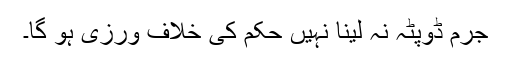
جرم ڈوپٹہ نہ لینا نہیں حکم کی خلاف ورزی ہو گا۔